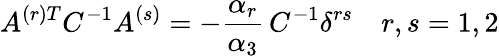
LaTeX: A^{(r)T}C^{-1}A^{(s)}=-{\frac{\alpha_{r}}{\alpha_{3}}}\, C^{-1}\delta^{rs}\quad r,s=1,2